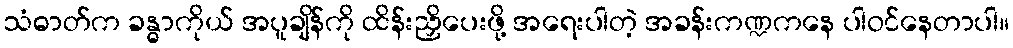
သံဓာတ်က ခန္ဓာကိုယ် အပူချိန်ကို ထိန်းညှိပေးဖို့ အရေးပါတဲ့ အခန်းကဏ္ဍကနေ ပါဝင်နေတာပါ။